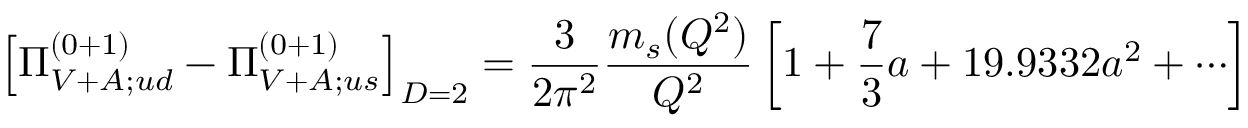
\left[ \Pi _ { V + A ; u d } ^ { ( 0 + 1 ) } - \Pi _ { V + A ; u s } ^ { ( 0 + 1 ) } \right] _ { D = 2 } = { \frac { 3 } { 2 \pi ^ { 2 } } } { \frac { m _ { s } ( Q ^ { 2 } ) } { Q ^ { 2 } } } \left[ 1 + { \frac { 7 } { 3 } } a + 1 9 . 9 3 3 2 a ^ { 2 } + \cdots \right]